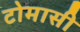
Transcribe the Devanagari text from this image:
टोमासी